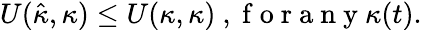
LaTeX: \begin{array}{r}{U(\hat{\kappa},\kappa)\leq U(\kappa,\kappa)\mathrm{~,~f~o~r~a~n~y~}\kappa(t).}\end{array}